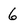
Character: 6